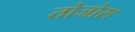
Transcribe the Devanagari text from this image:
तोजोस